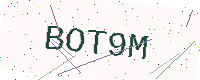
Text: BOT9M